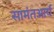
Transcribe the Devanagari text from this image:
सामंतआर्य